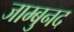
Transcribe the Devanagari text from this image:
जाम्बुनद